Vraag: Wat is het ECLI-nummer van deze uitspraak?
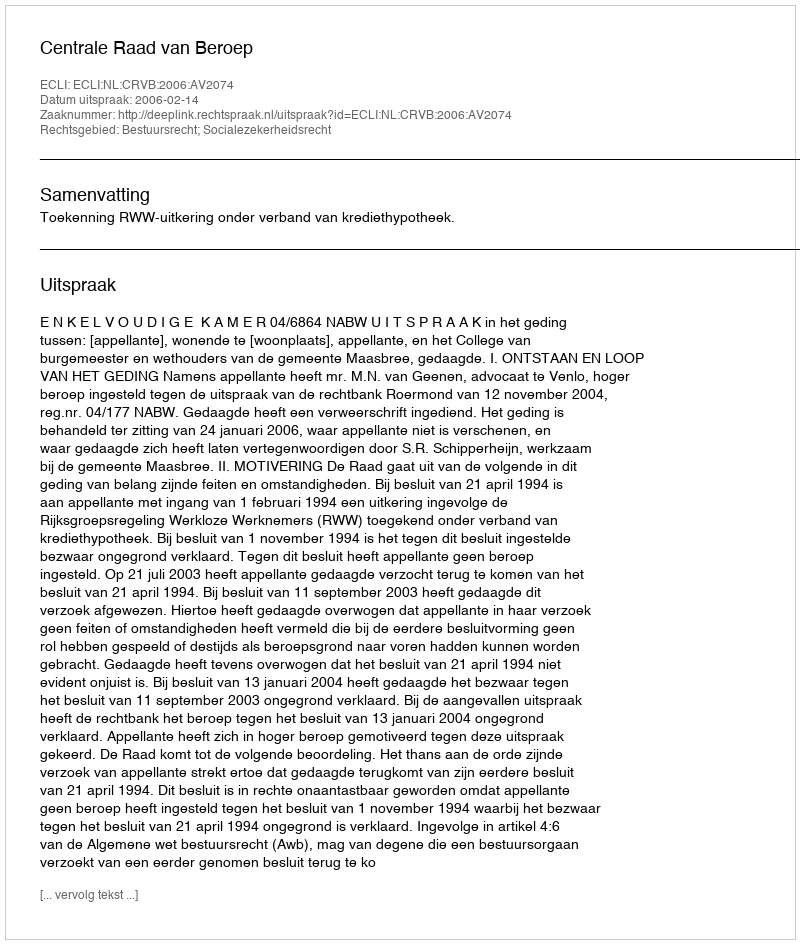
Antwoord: ECLI:NL:CRVB:2006:AV2074